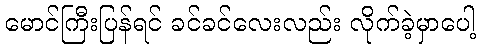
မောင်ကြီးပြန်ရင် ခင်ခင်လေးလည်း လိုက်ခဲ့မှာပေါ့